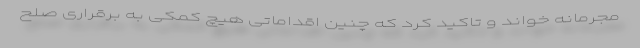
مجرمانه خواند و تاکید کرد که چنین اقداماتی هیچ کمکی به برقراری صلح